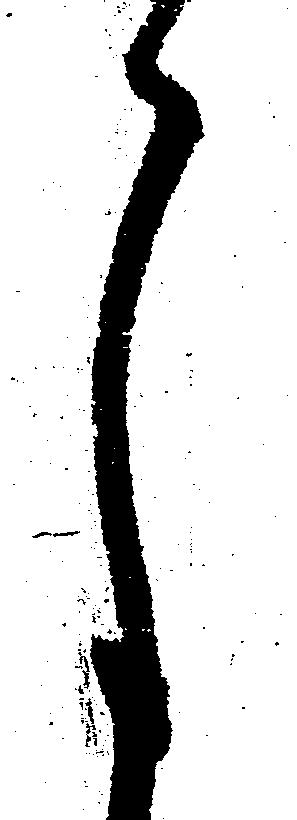
月